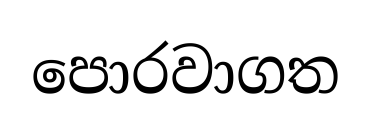
පොරවාගත